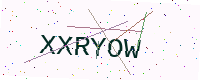
Text: XXRYOW